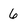
Character: 6